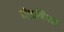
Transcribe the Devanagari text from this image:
बोडलियन